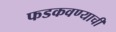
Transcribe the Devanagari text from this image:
फडकवण्याची